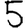
Digit: 5